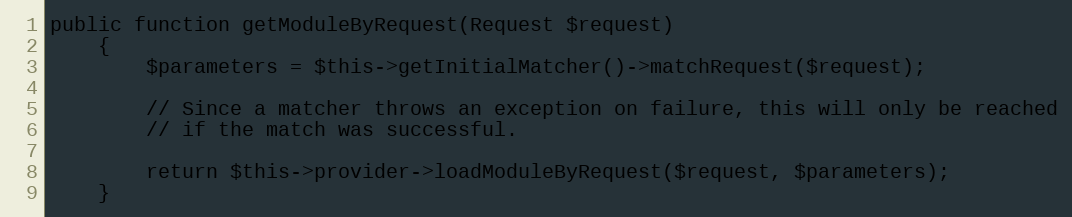
Language: PHP
public function getModuleByRequest(Request $request)
    {
        $parameters = $this->getInitialMatcher()->matchRequest($request);

        // Since a matcher throws an exception on failure, this will only be reached
        // if the match was successful.

        return $this->provider->loadModuleByRequest($request, $parameters);
    }